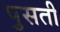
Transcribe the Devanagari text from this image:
पुसती